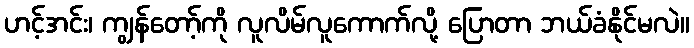
ဟင့်အင်း၊ ကျွန်တော့်ကို လူလိမ်လူကောက်လို့ ပြောတာ ဘယ်ခံနိုင်မလဲ။